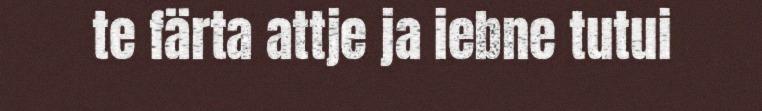
te färta attje ja iebne tutui